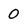
Character: 0